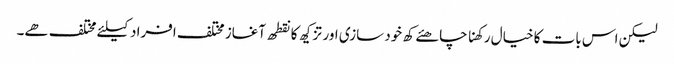
لیکن اس بات کا خیال رکھنا چاھئے کھ خود سازی اور تزکیھ کا نقطھ آغاز مختلف افراد کیلئے مختلف ھے۔